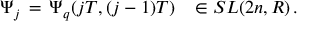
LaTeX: \Psi _ { j } \, = \, \Psi _ { q } ( j T , ( j - 1 ) T ) \, \, \, \, \, \in S L ( 2 n , R ) \, .